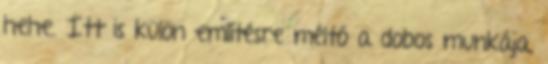
hehe. Itt is külön említésre méltó a dobos munkája,